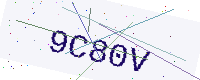
Text: 9C80V